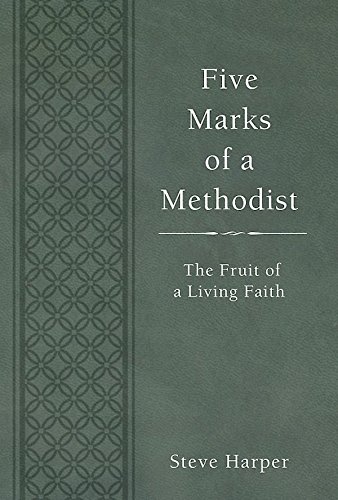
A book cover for Five Marks of a Methodist: The Fruit of a Living Faith; Steve Harper; Christian Books & Bibles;